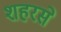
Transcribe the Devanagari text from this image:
शहरसे